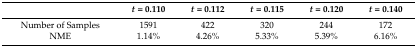
<table><thead><tr><td></td><td><b><i>t</i> = 0.110</b></td><td><b><i>t</i> = 0.112</b></td><td><b><i>t</i> = 0.115</b></td><td><b><i>t</i> = 0.120</b></td><td><b><i>t</i> = 0.140</b></td></tr></thead><tbody><tr><td>Number of Samples</td><td>1591</td><td>422</td><td>320</td><td>244</td><td>172</td></tr><tr><td>NME</td><td>1.14%</td><td>4.26%</td><td>5.33%</td><td>5.39%</td><td>6.16%</td></tr></tbody></table>